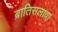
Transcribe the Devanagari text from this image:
ब्रातिसलावा